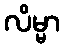
လိမ္မာ